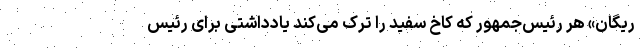
ریگان» هر رئیس‌جمهور که کاخ سفید را ترک می‌کند یادداشتی برای رئیس